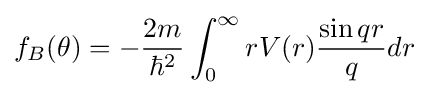
f_{B}(\theta )=-{\frac {2m}{\hbar ^{2}}}\int _{0}^{\infty }rV(r){\frac {\sin qr}{q}}dr